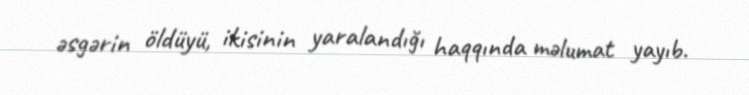
əsgərin öldüyü, ikisinin yaralandığı haqqında məlumat yayıb.